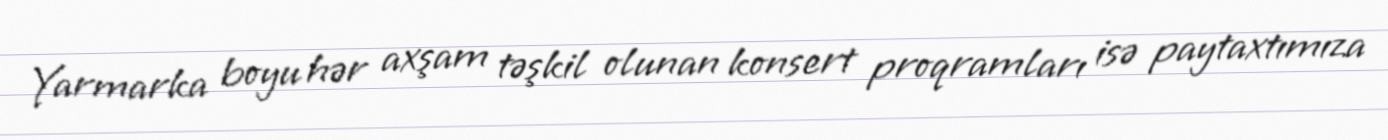
Yarmarka boyu hər axşam təşkil olunan konsert proqramları isə paytaxtımıza